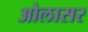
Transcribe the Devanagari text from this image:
ओलासर